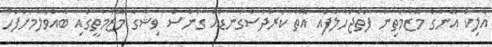
އާލިކް އޭނާގެ މޭޒުމަތިން ފަތްޖަހާލާފައި އޮތް ކަރުދާސްގަނޑެއް ގެނެސް ވިޝާގެ މޭޒުމަތީގައި ބާއްވާލުމަށްފަހު